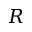
R